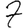
Digit: 7